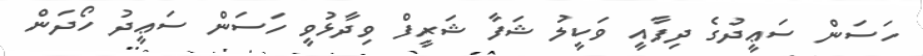
ހަސަން ސަޢީދުގެ ދިފާއީ ވަކީލު ޝަފާ ޝަރީފް ވިދާޅުވީ ހަސަން ސަޢީދު ހޯދަން